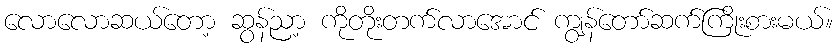
လောလောဆယ်တော့ ဆွန်ညာ့ ကိုတိုးတက်လာအောင် ကျွန်တော်ဆက်ကြိုးစားမယ်။